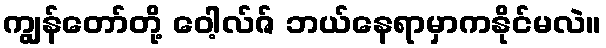
ကျွန်တော်တို့ ဝေါ့လ်ဇ် ဘယ်နေရာမှာကနိုင်မလဲ။